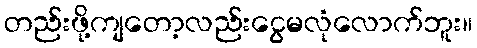
တည်းဖို့ကျတော့လည်းငွေမလုံလောက်ဘူး။